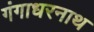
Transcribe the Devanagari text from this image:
गंगाधरनाथ